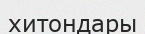
хитондары